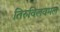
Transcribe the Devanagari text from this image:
तिरुविलवमल